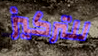
للتركيز